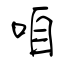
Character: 咱